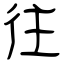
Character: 往